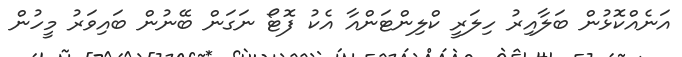
އަނެއްކޮޅުން ބަލާއިރު ހިލަރީ ކްލިންޓަންއާ އެކު ފޮޓޯ ނަގަން ބޭނުން ބައިވަރު މީހުން